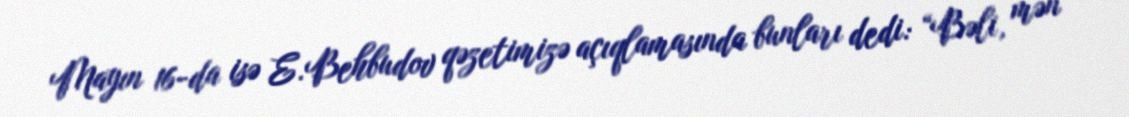
Mayın 16-da isə E.Behbudov qəzetimizə açıqlamasında bunları dedi: “Bəli, mən